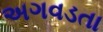
અગવડતા